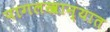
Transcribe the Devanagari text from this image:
पागलखान्यात